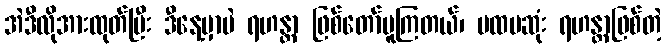
အဲဒီလိုအားထုတ်ပြီး ဒီနေ့မှာပဲ ရဟန္တာ ဖြစ်တော်မူကြတယ်၊ ပထမဆုံး ရဟန္တာဖြစ်တဲ့